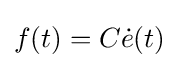
f(t)=C{\dot {e}}(t)